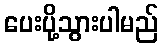
ပေးပို့သွားပါမည်